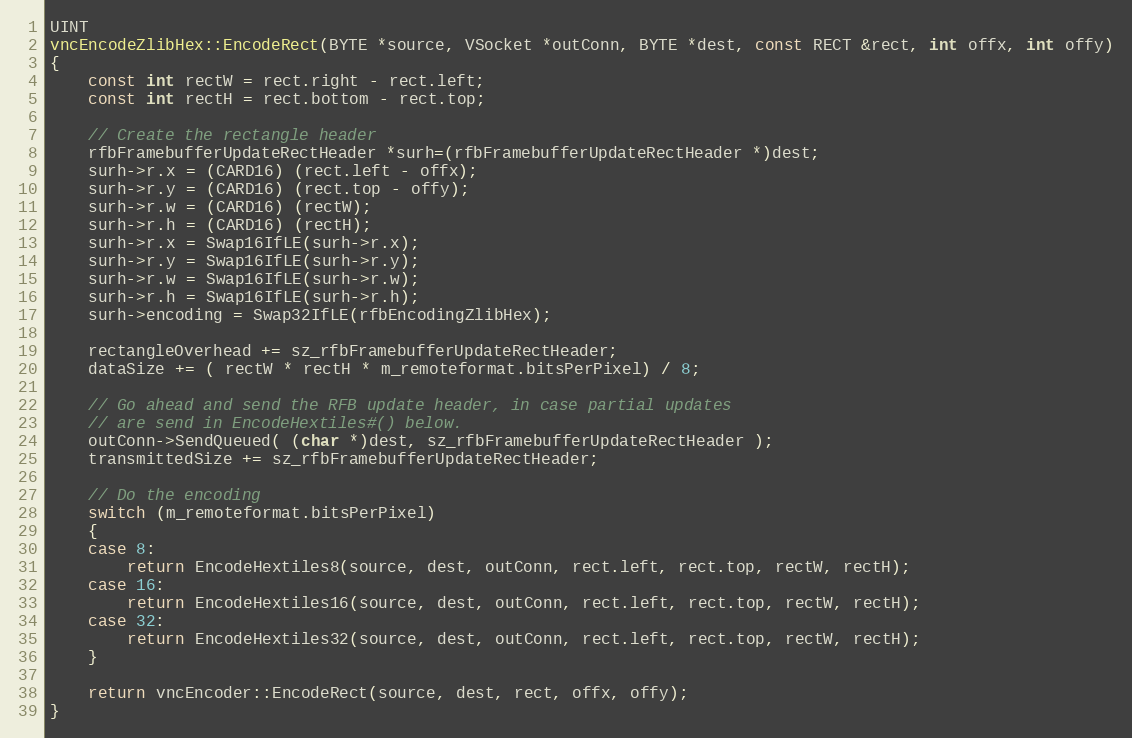
Language: C++
UINT
vncEncodeZlibHex::EncodeRect(BYTE *source, VSocket *outConn, BYTE *dest, const RECT &rect, int offx, int offy)
{
	const int rectW = rect.right - rect.left;
	const int rectH = rect.bottom - rect.top;

	// Create the rectangle header
	rfbFramebufferUpdateRectHeader *surh=(rfbFramebufferUpdateRectHeader *)dest;
	surh->r.x = (CARD16) (rect.left - offx);
	surh->r.y = (CARD16) (rect.top - offy);
	surh->r.w = (CARD16) (rectW);
	surh->r.h = (CARD16) (rectH);
	surh->r.x = Swap16IfLE(surh->r.x);
	surh->r.y = Swap16IfLE(surh->r.y);
	surh->r.w = Swap16IfLE(surh->r.w);
	surh->r.h = Swap16IfLE(surh->r.h);
	surh->encoding = Swap32IfLE(rfbEncodingZlibHex);

	rectangleOverhead += sz_rfbFramebufferUpdateRectHeader;
	dataSize += ( rectW * rectH * m_remoteformat.bitsPerPixel) / 8;

	// Go ahead and send the RFB update header, in case partial updates
	// are send in EncodeHextiles#() below.
	outConn->SendQueued( (char *)dest, sz_rfbFramebufferUpdateRectHeader );
	transmittedSize += sz_rfbFramebufferUpdateRectHeader;

	// Do the encoding
    switch (m_remoteformat.bitsPerPixel)
	{
	case 8:
		return EncodeHextiles8(source, dest, outConn, rect.left, rect.top, rectW, rectH);
    case 16:
		return EncodeHextiles16(source, dest, outConn, rect.left, rect.top, rectW, rectH);
    case 32:
		return EncodeHextiles32(source, dest, outConn, rect.left, rect.top, rectW, rectH);
    }

	return vncEncoder::EncodeRect(source, dest, rect, offx, offy);
}